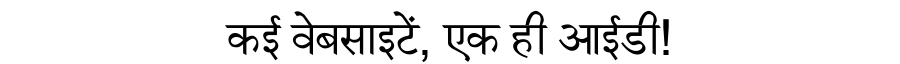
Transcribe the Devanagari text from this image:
कई वेबसाइटें, एक ही आईडी!